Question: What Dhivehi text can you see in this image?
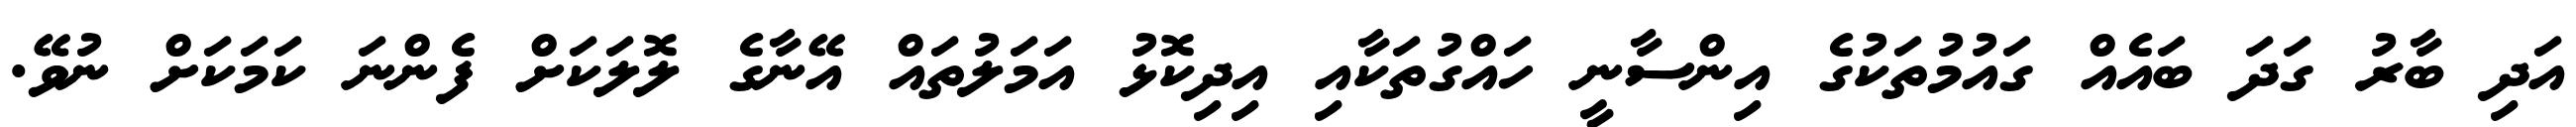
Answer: އަދި ބާރު ގަދަ ބައެއް ގައުމުތަކުގެ އިންސާނީ ހައްގުތަކާއި އިދިކޮޅު އަމަލުތައް އޭނާގެ ލޮލަކަށް ފެންނަ ކަމަކަށް ނުވޭ.